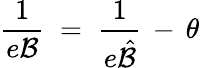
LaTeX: \frac{1}{e{\mathcal B}}\; =\; \frac{1}{e{\hat{\mathcal B}}}\, -\, \theta